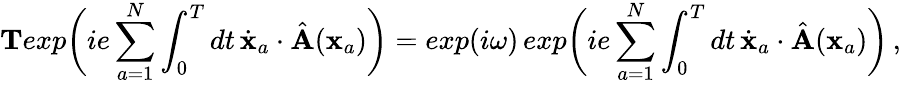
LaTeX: {\mathbf T}exp\biggl(ie\sum_{a=1}^{N}\int_{0}^{T}dt\, {\dot{\mathbf x}}_{a}\cdot{\hat{\mathbf A}}({\mathbf x}_{a})\biggr)=exp(i\omega)\, exp\biggl(ie\sum_{a=1}^{N}\int_{0}^{T}dt\, {\dot{\mathbf x}}_{a}\cdot{\hat{\mathbf A}}({\mathbf x}_{a})\biggr)\, ,